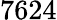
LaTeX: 7624